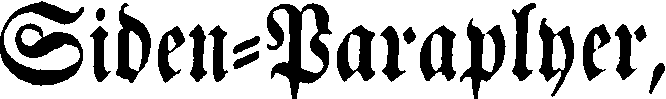
Siden-Paraplyer,